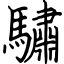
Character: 驌